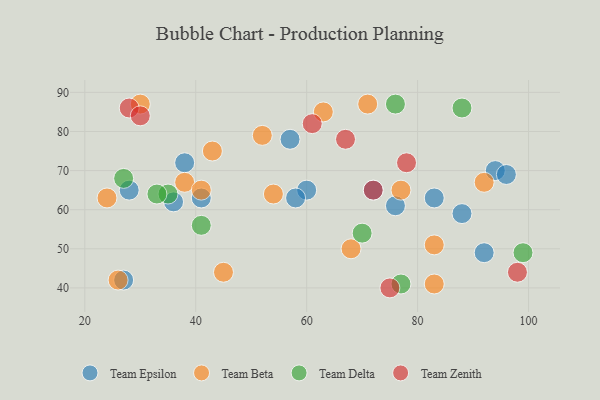
{"axis": {"x": "GDP", "y": "Life Expectancy"}, "legend": ["Team Beta", "Team Delta", "Team Epsilon", "Team Zenith"], "data": [{"x": "94", "y": 70, "type": "Team Epsilon"}, {"x": "88", "y": 59, "type": "Team Epsilon"}, {"x": "41", "y": 63, "type": "Team Epsilon"}, {"x": "28", "y": 65, "type": "Team Epsilon"}, {"x": "76", "y": 61, "type": "Team Epsilon"}, {"x": "60", "y": 65, "type": "Team Epsilon"}, {"x": "57", "y": 78, "type": "Team Epsilon"}, {"x": "92", "y": 49, "type": "Team Epsilon"}, {"x": "83", "y": 63, "type": "Team Epsilon"}, {"x": "72", "y": 65, "type": "Team Epsilon"}, {"x": "96", "y": 69, "type": "Team Epsilon"}, {"x": "38", "y": 72, "type": "Team Epsilon"}, {"x": "58", "y": 63, "type": "Team Epsilon"}, {"x": "36", "y": 62, "type": "Team Epsilon"}, {"x": "27", "y": 42, "type": "Team Epsilon"}, {"x": "71", "y": 87, "type": "Team Beta"}, {"x": "54", "y": 64, "type": "Team Beta"}, {"x": "83", "y": 51, "type": "Team Beta"}, {"x": "26", "y": 42, "type": "Team Beta"}, {"x": "38", "y": 67, "type": "Team Beta"}, {"x": "63", "y": 85, "type": "Team Beta"}, {"x": "83", "y": 41, "type": "Team Beta"}, {"x": "77", "y": 65, "type": "Team Beta"}, {"x": "92", "y": 67, "type": "Team Beta"}, {"x": "30", "y": 87, "type": "Team Beta"}, {"x": "24", "y": 63, "type": "Team Beta"}, {"x": "41", "y": 65, "type": "Team Beta"}, {"x": "43", "y": 75, "type": "Team Beta"}, {"x": "45", "y": 44, "type": "Team Beta"}, {"x": "52", "y": 79, "type": "Team Beta"}, {"x": "68", "y": 50, "type": "Team Beta"}, {"x": "27", "y": 68, "type": "Team Delta"}, {"x": "99", "y": 49, "type": "Team Delta"}, {"x": "70", "y": 54, "type": "Team Delta"}, {"x": "35", "y": 64, "type": "Team Delta"}, {"x": "41", "y": 56, "type": "Team Delta"}, {"x": "77", "y": 41, "type": "Team Delta"}, {"x": "76", "y": 87, "type": "Team Delta"}, {"x": "88", "y": 86, "type": "Team Delta"}, {"x": "33", "y": 64, "type": "Team Delta"}, {"x": "98", "y": 44, "type": "Team Zenith"}, {"x": "28", "y": 86, "type": "Team Zenith"}, {"x": "61", "y": 82, "type": "Team Zenith"}, {"x": "67", "y": 78, "type": "Team Zenith"}, {"x": "72", "y": 65, "type": "Team Zenith"}, {"x": "78", "y": 72, "type": "Team Zenith"}, {"x": "30", "y": 84, "type": "Team Zenith"}, {"x": "75", "y": 40, "type": "Team Zenith"}]}